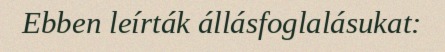
Ebben leírták állásfoglalásukat: